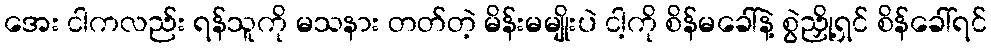
အေး ငါကလည်း ရန်သူကို မသနား တတ်တဲ့ မိန်းမမျိုးပဲ ငါ့ကို စိန်မခေါ်နဲ့ စွဲညှို့ရှင် စိန်ခေါ်ရင်